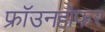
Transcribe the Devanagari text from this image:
फ्रॉउनहोफर